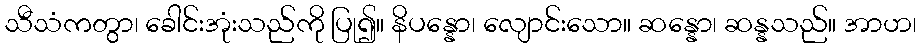
သီသံကတွာ၊ ခေါင်းအုံးသည်ကို ပြု၍။ နိပန္နော၊ လျောင်းသော။ ဆန္နော၊ ဆန္နသည်။ အာဟ၊